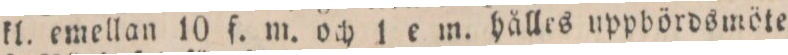
kl. emellan 10 f. m. och 1 e m. hålles uppbördsmöte